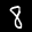
Label: 8